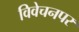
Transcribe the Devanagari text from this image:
विवेचनपर